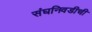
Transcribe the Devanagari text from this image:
संघनिवडीची